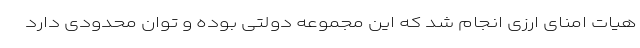
هیات امنای ارزی انجام شد که این مجموعه دولتی بوده و توان محدودی دارد